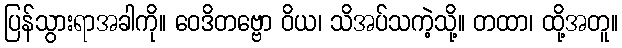
ပြန်သွားရာအခါကို။ ဝေဒိတဗ္ဗော ဝိယ၊ သိအပ်သကဲ့သို့။ တထာ၊ ထို့အတူ။